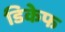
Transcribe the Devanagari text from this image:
डिकेफ